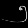
Digit: ၅